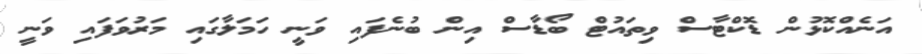
އަނެއްކޮޅުން ޑޮކްޓާސް ވިތައުޓް ބޯޑާސް އިން ބުނެފައި ވަނީ ހަމަލާގައި މަރުވަފައި ވަނީ